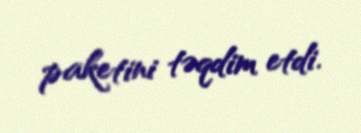
paketini təqdim etdi.